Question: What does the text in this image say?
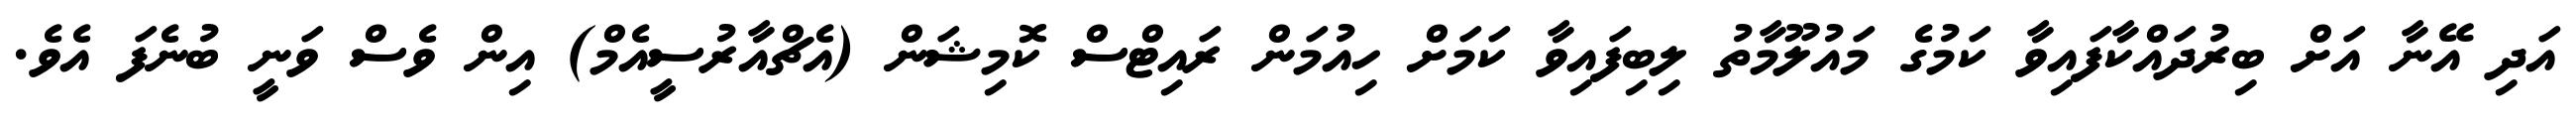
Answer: އަދި އޭނާ އަށް ބިރުދައްކާފައިވާ ކަމުގެ މައުލޫމާތު ލިބިފައިވާ ކަމަށް ހިއުމަން ރައިޓްސް ކޮމިޝަން (އެޗްއާރުސީއެމް) އިން ވެސް ވަނީ ބުނެފަ އެވެ.